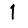
Digit: 1